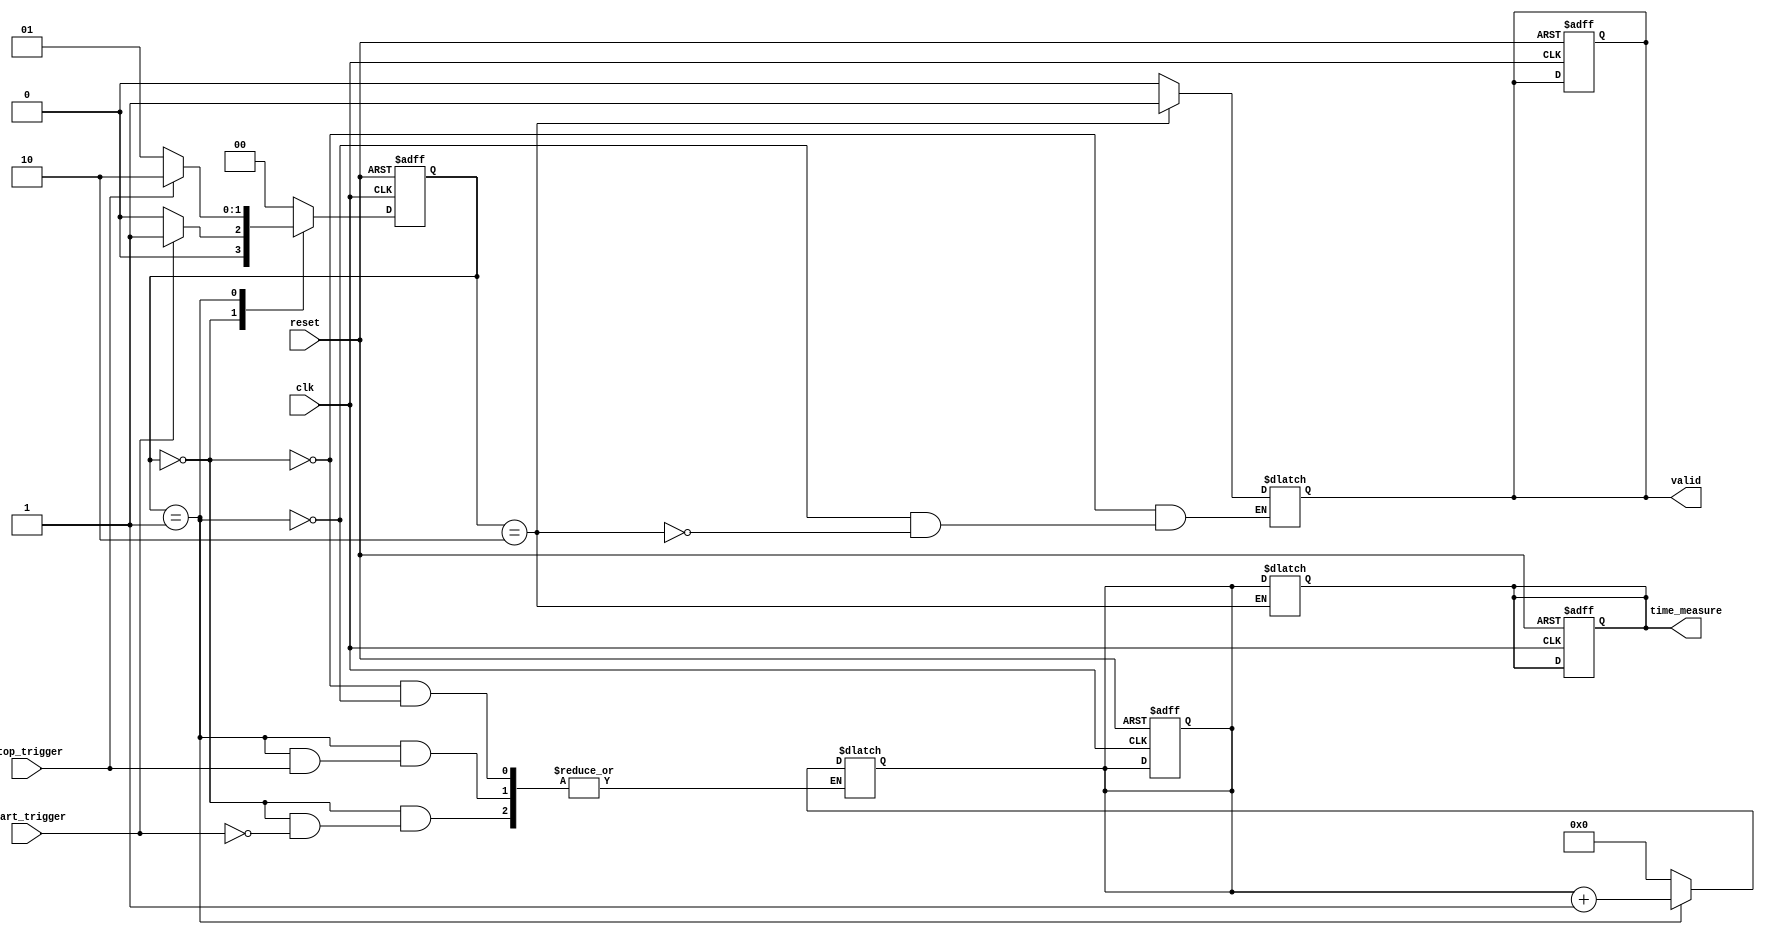
module hybrid_tdc (
    input wire clk,                // High-frequency clock
    input wire reset,              // Asynchronous reset
    input wire start_trigger,      // Start trigger signal
    input wire stop_trigger,       // Stop trigger signal
    output reg [31:0] time_measure, // Measured time output
    output reg valid               // Valid output signal
);

    // Internal signals
    reg [31:0] counter;            // Main counter for clock cycles
    reg measuring;                 // Flag to indicate measuring state

    // State machine for controlling measurement
    localparam IDLE = 2'b00,
               MEASURING = 2'b01,
               DONE = 2'b10;

    reg [1:0] state, next_state;

    // Sequential logic for state transitions
    always @(posedge clk or posedge reset) begin
        if (reset) begin
            state <= IDLE;
            counter <= 32'b0;
            time_measure <= 32'b0;
            valid <= 1'b0;
            measuring <= 1'b0;
        end else begin
            state <= next_state;
        end
    end

    // Combinational logic for state machine
    always @(*) begin
        case (state)
            IDLE: begin
                valid = 1'b0;
                if (start_trigger) begin
                    next_state = MEASURING;
                    counter = 32'b0; // Reset counter
                end else begin
                    next_state = IDLE;
                end
            end

            MEASURING: begin
                valid = 1'b0;
                if (stop_trigger) begin
                    next_state = DONE;
                end else begin
                    counter = counter + 1; // Increment counter
                    next_state = MEASURING;
                end
            end

            DONE: begin
                valid = 1'b1;
                time_measure = counter; // Store measured time
                next_state = IDLE; // Go back to IDLE
            end

            default: begin
                next_state = IDLE;
            end
        endcase
    end

endmodule